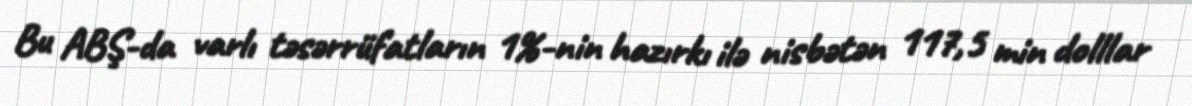
Bu ABŞ-da varlı təsərrüfatların 1%-nin hazırkı ilə nisbətən 117,5 min dolllar